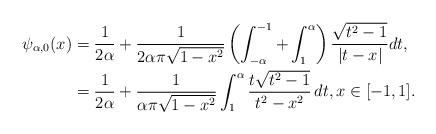
LaTeX: \begin{align*} \psi_{\alpha,0}(x) & = \frac{1}{2\alpha} + \frac{1}{2\alpha\pi \sqrt{1-x^2}}\left(\int_{-\alpha}^{-1} + \int_1^{\alpha} \right) \frac{\sqrt{t^2-1}}{|t-x|} dt, \\& = \frac{1}{2\alpha} + \frac{1}{\alpha\pi \sqrt{1-x^2}}\int_1^\alpha \frac{t \sqrt{t^2-1} }{t^2-x^2} \, dt, x \in [-1,1]. \end{align*}